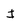
Character: I